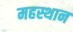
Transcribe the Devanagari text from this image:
महस्थान